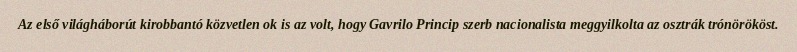
Az első világháborút kirobbantó közvetlen ok is az volt, hogy Gavrilo Princip szerb nacionalista meggyilkolta az osztrák trónörököst.